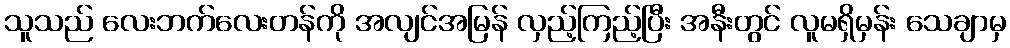
သူသည် လေးဘက်လေးတန်ကို အလျင်အမြန် လှည့်ကြည့်ပြီး အနီးတွင် လူမရှိမှန်း သေချာမှ